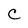
Character: C